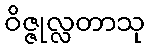
ဝိဇ္ဇုလ္လတာသု